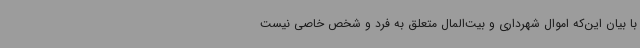
با بیان این‌که اموال شهرداری و بیت‌المال متعلق به فرد و شخص خاصی نیست